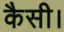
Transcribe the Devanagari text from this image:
कैसी।